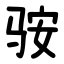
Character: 䯃